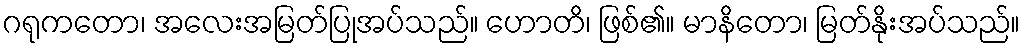
ဂရုကတော၊ အလေးအမြတ်ပြုအပ်သည်။ ဟောတိ၊ ဖြစ်၏။ မာနိတော၊ မြတ်နိုးအပ်သည်။